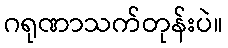
ဂရုဏာသက်တုန်းပဲ။